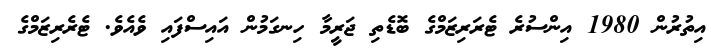
އިތުރުން 1980 އިންސުރެ ޓެރަރިޒަމްގެ ބޮޑެތި ޖަރީމާ ހިނގަމުން އައިސްފައި ވެއެވެ. ޓެރެރިޒަމްގެ